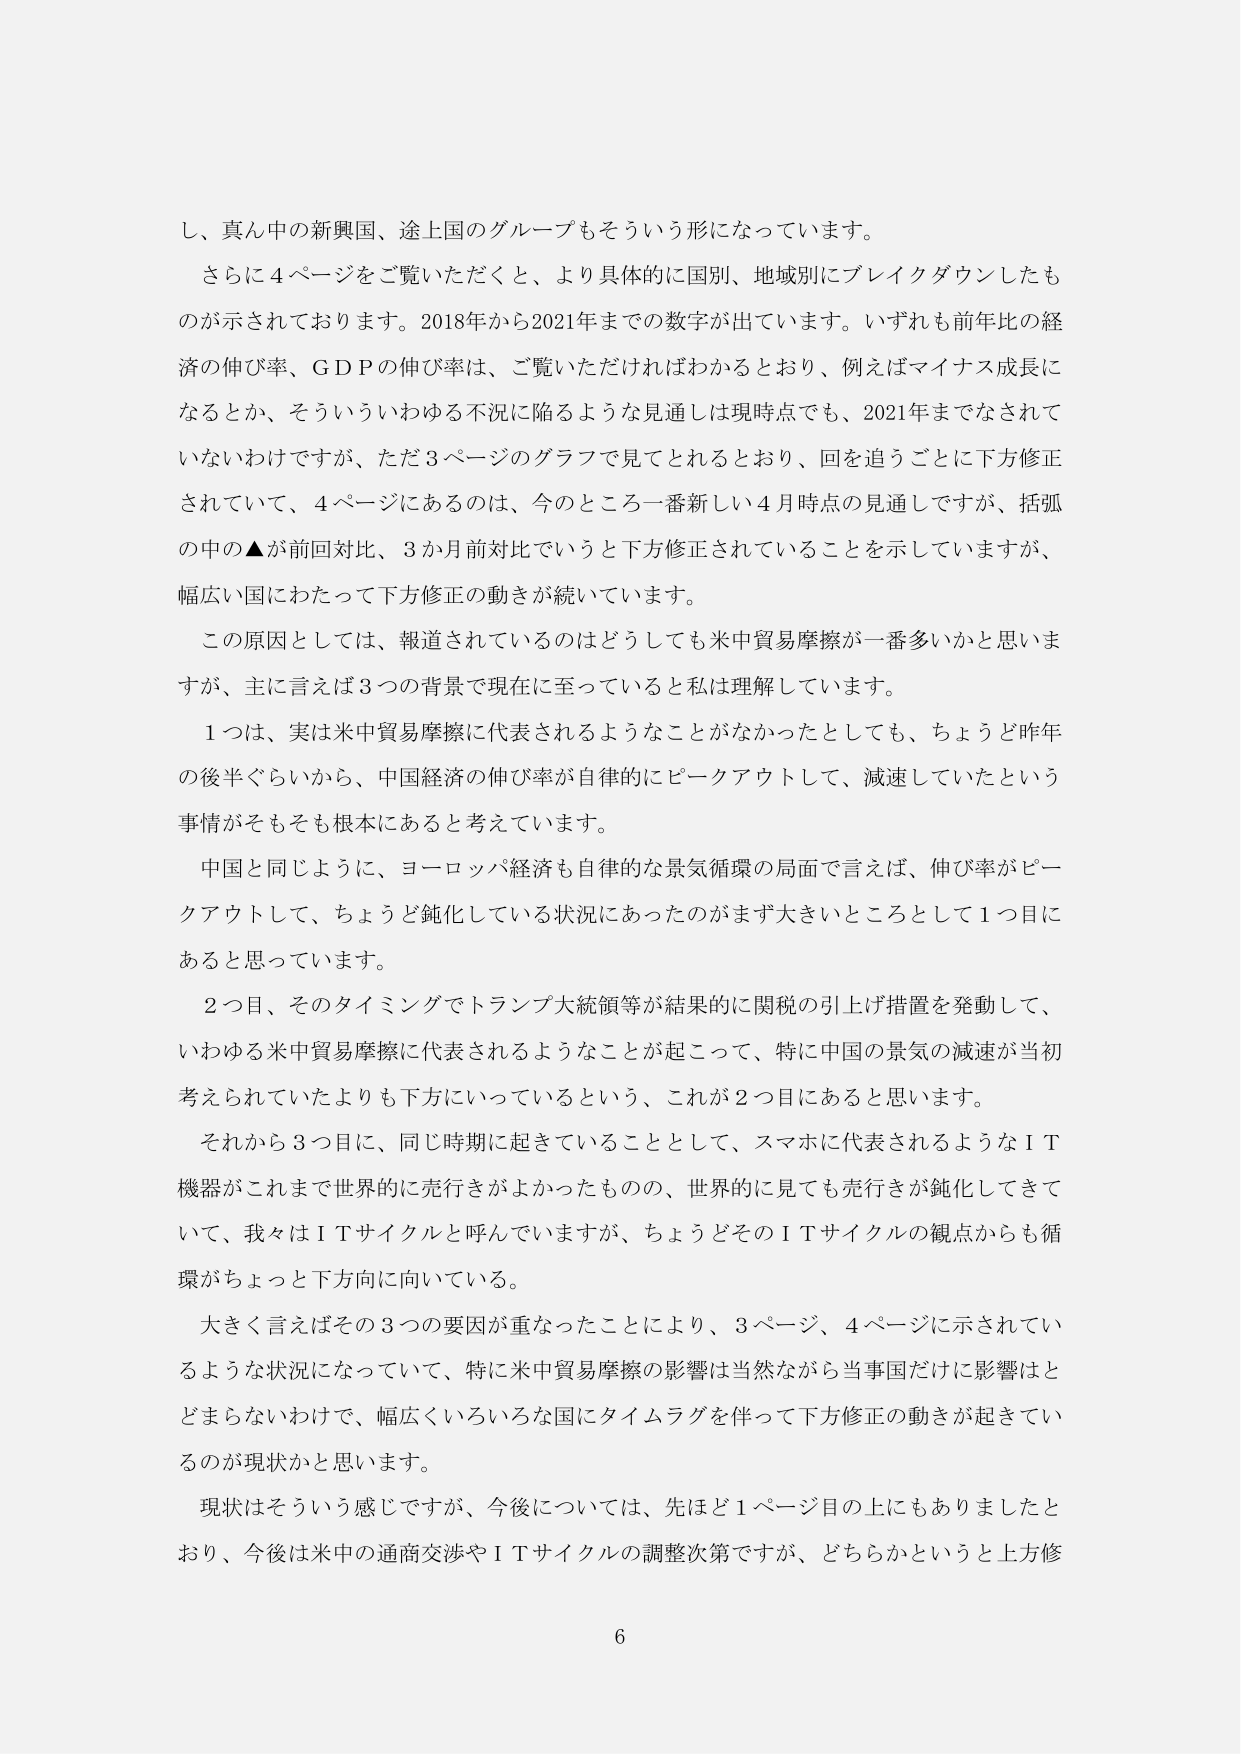
し、真ん中の新興国、途上国のグループもそういう形になっています。

さらに４ページをご覧いただくと、より具体的に国別、地域別にブレイクダウンしたものが示されております。2018年から2021年までの数字が出ています。いずれも前年比の経済の伸び率、ＧＤＰの伸び率は、ご覧いただければわかるとおり、例えばマイナス成長になるとか、そういういわゆる不況に陥るような見通しは現時点でも、2021年までなされていないわけですが、ただ３ページのグラフで見てとれるとおり、回を追うごとに下方修正されていて、４ページにあるのは、今のところ一番新しい４月時点の見通しですが、括弧の中の▲が前回対比、３か月前対比でいうと下方修正されていることを示していますが、幅広い国にわたって下方修正の動きが続いています。

この原因としては、報道されているのはどうしても米中貿易摩擦が一番多いかと思いますが、主に言えば３つの背景で現在に至っていると私は理解しています。

１つは、実は米中貿易摩擦に代表されるようなことがなかったとしても、ちょうど昨年の後半ぐらいから、中国経済の伸び率が自律的にピークアウトして、減速していたという事情がそもそも根本にあると考えています。

中国と同じように、ヨーロッパ経済も自律的な景気循環の局面で言えば、伸び率がピークアウトして、ちょうど鈍化している状況にあったのがまず大きいところとして１つ目にあると思っています。

２つ目、そのタイミングでトランプ大統領等が結果的に関税の引上げ措置を発動して、いわゆる米中貿易摩擦に代表されるようなことが起こって、特に中国の景気の減速が当初考えられていたよりも下方にいっているという、これが２目にあると思います。

それから３つ目に、同じ時期に起きていることとして、スマホに代表されるようなＩＴ機器がこれまで世界的に売行きがよかったものの、世界的に見ても売行きが鈍化してきていて、我々はＩＴサイクルと呼んでいますが、ちょうどそのＩＴサイクルの観点からも循環がちょっと下方に向いている。

大きく言えばその３つの要因が重なったことにより、３ページ、４ページに示されているような状況になっていて、特に米中貿易摩擦の影響は当然ながら当事国だけに影響はとどまらないわけで、幅広くいろいろな国にタイムラグを伴って下方修正の動きが起きているのが現状かと思います。

現状はそういう感じですが、今後については、先ほど１ページ目の上にもありましたとおり、今後は米中の通商交渉やＩＴサイクルの調整次第ですが、どちらかというと上方修

6